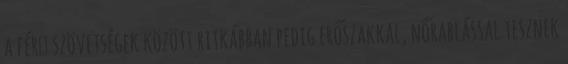
a férﬁ szövetségek között ritkábban pedig erőszakkal, nőrablással tesznek